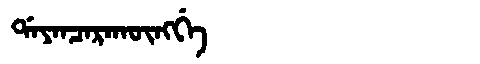
Manchu: ᡩᠠᠶᠠᠨᠴᠠᡵᠠᡴᡡᠩᡤᡝ
Romanization: DAYANCARAKŪNGGE